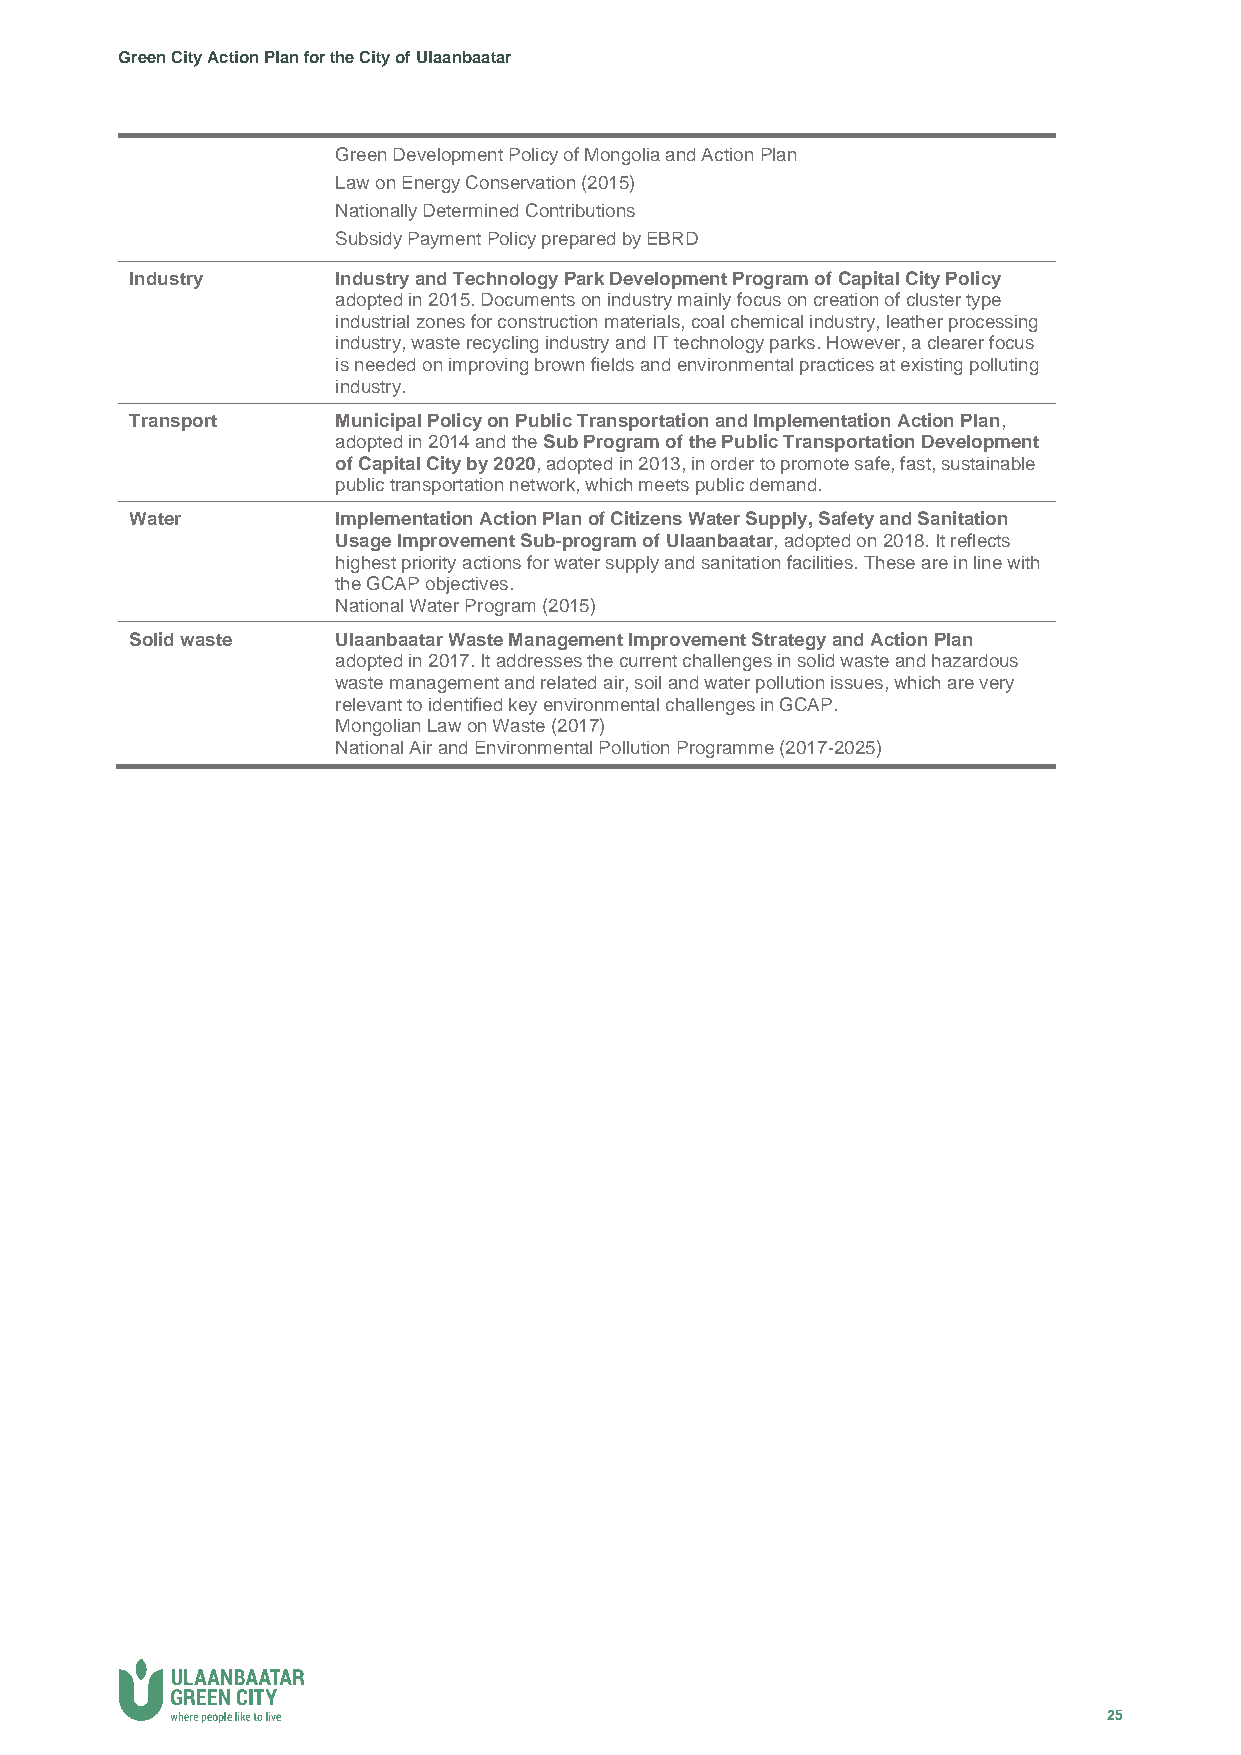
Green City Action Plan for the City of Ulaanbaatar
 Green Development Policy of Mongolia and Action Plan
 Law on Energy Conservation (2015)
 Nationally Determined Contributions
 Subsidy Payment Policy prepared by EBRD
 Industry     Industry and Technology Park Development Program of Capital City Policy
 adopted in 2015. Documents on industry mainly focus on creation of cluster type
 industrial zones for construction materials, coal chemical industry, leather processing
 industry, waste recycling industry and IT technology parks. However, a clearer focus
 is needed on improving brown fields and environmental practices at existing polluting
 industry.
 Transport    Municipal Policy on Public Transportation and Implementation Action Plan,
 adopted in 2014 and the Sub Program of the Public Transportation Development
 of Capital City by 2020, adopted in 2013, in order to promote safe, fast, sustainable
 public transportation network, which meets public demand.
 Water        Implementation Action Plan of Citizens Water Supply, Safety and Sanitation
 Usage Improvement Sub-program of Ulaanbaatar, adopted on 2018. It reflects
 highest priority actions for water supply and sanitation facilities. These are in line with
 the GCAP objectives.
 National Water Program (2015)
 Solid waste  Ulaanbaatar Waste Management Improvement Strategy and Action Plan
 adopted in 2017. It addresses the current challenges in solid waste and hazardous
 waste management and related air, soil and water pollution issues, which are very
 relevant to identified key environmental challenges in GCAP.
 Mongolian Law on Waste (2017)
 National Air and Environmental Pollution Programme (2017-2025)
 25